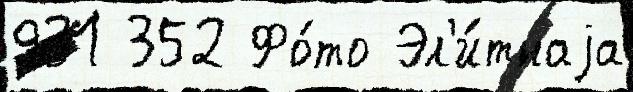
931 352 Фо́то Эл'и́тнаjа